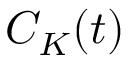
C _ { K } ( t )